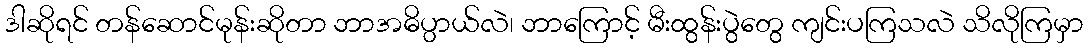
ဒါဆိုရင် တန်ဆောင်မုန်းဆိုတာ ဘာအဓိပ္ပ္ပာယ်လဲ၊ ဘာကြောင့် မီးထွန်းပွဲတွေ ကျင်းပကြသလဲ သိလိုကြမှာ